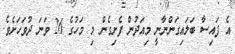
އެ ފައިސާ ބަލައިގަންނާނީ މިއަދުން ފެށިގެން މި މަހުގެ 26 ވަނަ ދުވަހަށެވެ.